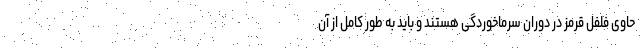
حاوی فلفل قرمز در دوران سرماخوردگی هستند و باید به طور کامل از آن